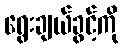
ရွေးချယ်ခွင့်ကို